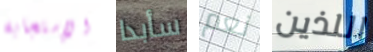
الإستجابة سأبدا نعم اللذين